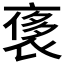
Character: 𧚤